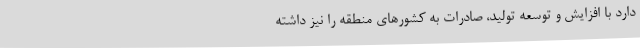
دارد با افزایش و توسعه تولید، صادرات به کشورهای منطقه را نیز داشته